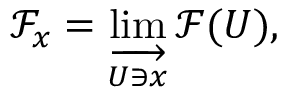
{ \mathcal { F } } _ { x } = \varinjlim _ { U \ni x } { \mathcal { F } } ( U ) ,